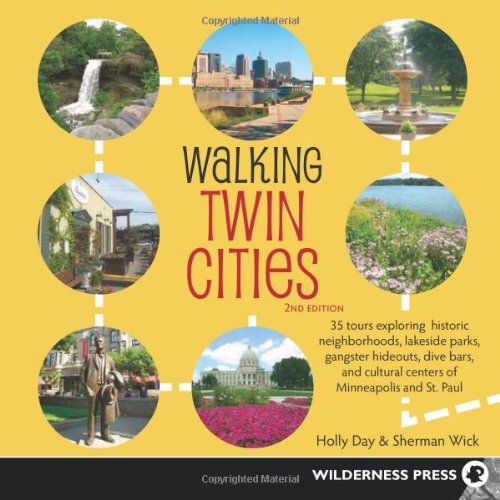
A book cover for Walking Twin Cities: 34 Tours Exploring Historic Neighborhoods, Lakeside Parks, Gangster Hideouts, Dive Bars, and Cultural Centers of Minneapolis and St. Paul; Holly Day; Health, Fitness & Dieting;